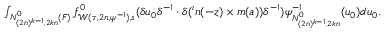
\begin{array} { r } { \int _ { N _ { ( 2 n ) ^ { k - 1 } , 2 k n } ^ { 0 } ( F ) } f _ { \mathcal { W } ( \tau , 2 n , \psi ^ { - 1 } ) , s } ^ { 0 } ( \delta u _ { 0 } \delta ^ { - 1 } \cdot \delta ( { ^ \iota n ( - z ) } \times m ( a ) ) \delta ^ { - 1 } ) \psi _ { N _ { ( 2 n ) ^ { k - 1 } , 2 k n } ^ { 0 } } ^ { - 1 } ( u _ { 0 } ) d u _ { 0 } . } \end{array}